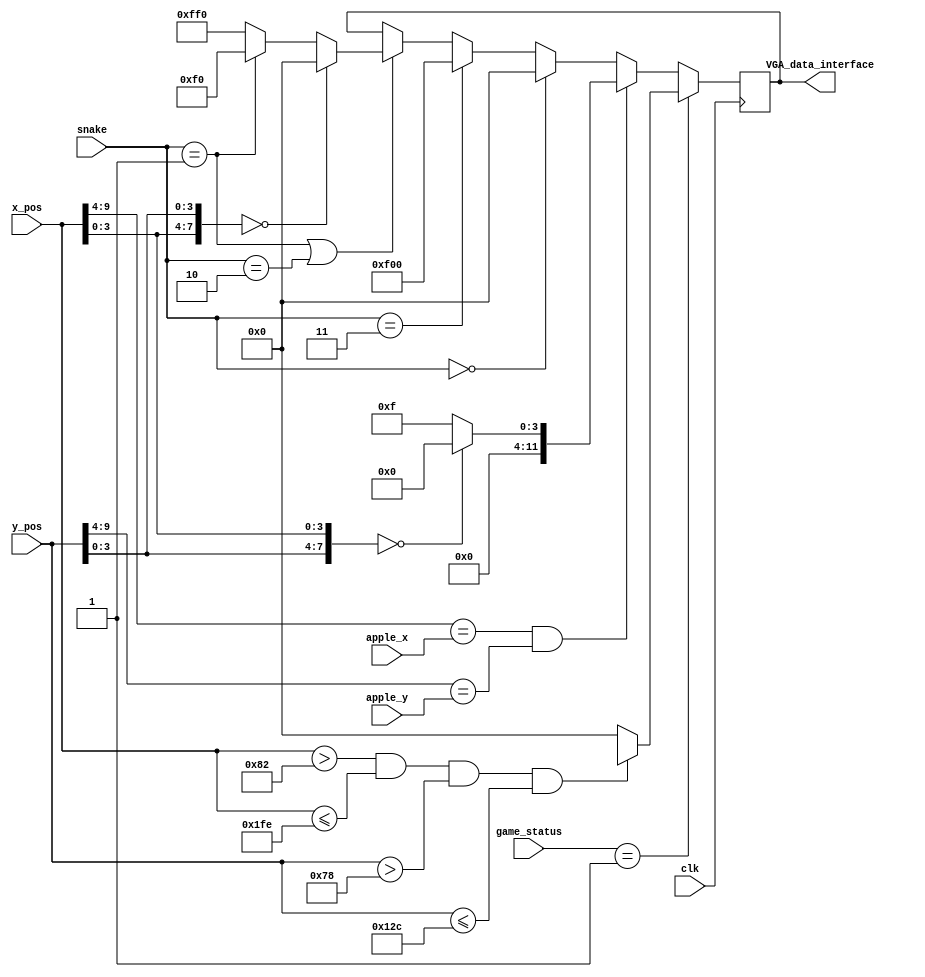
module interface_display
(
    input           clk,
    input   [9:0]   x_pos,
    input   [9:0]   y_pos,
    input   [5:0]   apple_x,
    input   [4:0]   apple_y,
    input   [1:0]   snake,
    input   [1:0]   game_status,
    output reg [11:0]   VGA_data_interface
);

    localparam NONE = 2'b00;
    localparam HEAD = 2'b01;
    localparam BODY = 2'b10;
    localparam WALL = 2'b11;
    localparam HEAD_COLOR = 12'b0000_1111_0000;
    localparam BODY_COLOR = 12'b1111_1111_0000;

    localparam RESTART = 2'b00;
	localparam START = 2'b01;
	localparam PLAY = 2'b10;
	localparam DIE = 2'b11;

    wire	[2:0]		dout_pic;
    reg		[16:0]	addr_pic;

    reg [3:0] lox;
    reg [3:0] loy; 

    always@(posedge clk)
    begin
        lox = x_pos[3:0];
        loy = y_pos[3:0];						
        if(x_pos[9:4] == apple_x && y_pos[9:4] == apple_y)
            case({loy,lox})
                8'b0000_0000:VGA_data_interface = 12'b0000_0000_0000;
                default:VGA_data_interface = 12'b0000_0000_1111;
            endcase						
        else if(snake == NONE)
            VGA_data_interface = 12'b0000_0000_0000;
        else if(snake == WALL)
            VGA_data_interface = 12'b1111_0000_0000;
        else if(snake == HEAD|snake == BODY) begin
            case({lox,loy})
                8'b0000_0000:VGA_data_interface = 12'b0000_0000_0000;
                default:VGA_data_interface = (snake == HEAD) ?  HEAD_COLOR : BODY_COLOR;
            endcase
        end

        if(game_status == START)
        begin
            if(x_pos > 130 && x_pos <= 510 && y_pos > 120 && y_pos <= 300)
            begin
                addr_pic <= (x_pos - 130)  + 380 * (y_pos - 120) ;
                VGA_data_interface <= {dout_pic[0],dout_pic[0],dout_pic[0],dout_pic[0],dout_pic[1],dout_pic[1],dout_pic[1],dout_pic[1],dout_pic[2],dout_pic[2],dout_pic[2],dout_pic[2]};
            end
            else
                VGA_data_interface <= 12'b0000_0000_0000;

            
        end
        
    end

endmodule